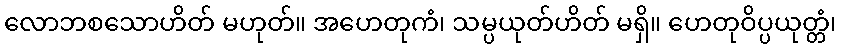
လောဘစသောဟိတ် မဟုတ်။ အဟေတုကံ၊ သမ္ပယုတ်ဟိတ် မရှိ။ ဟေတုဝိပ္ပယုတ္တံ၊